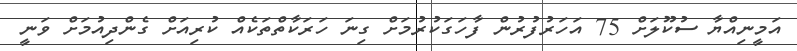
އަމީނިއްޔާ ސުކޫލަށް 75 އަހަރުފުރުން ފާހަގަކުރުމަށް ގިނަ ހަރަކާތްތަކެއް ކުރިއަށް ގެންދިއުމަށް ވަނީ